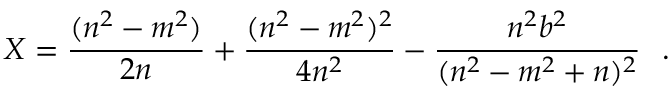
X = \frac { ( n ^ { 2 } - m ^ { 2 } ) } { 2 n } + \frac { ( n ^ { 2 } - m ^ { 2 } ) ^ { 2 } } { 4 n ^ { 2 } } - \frac { n ^ { 2 } b ^ { 2 } } { ( n ^ { 2 } - m ^ { 2 } + n ) ^ { 2 } } ~ ~ .